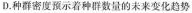
D.种群密度预示着种群数量的未来变化趋势